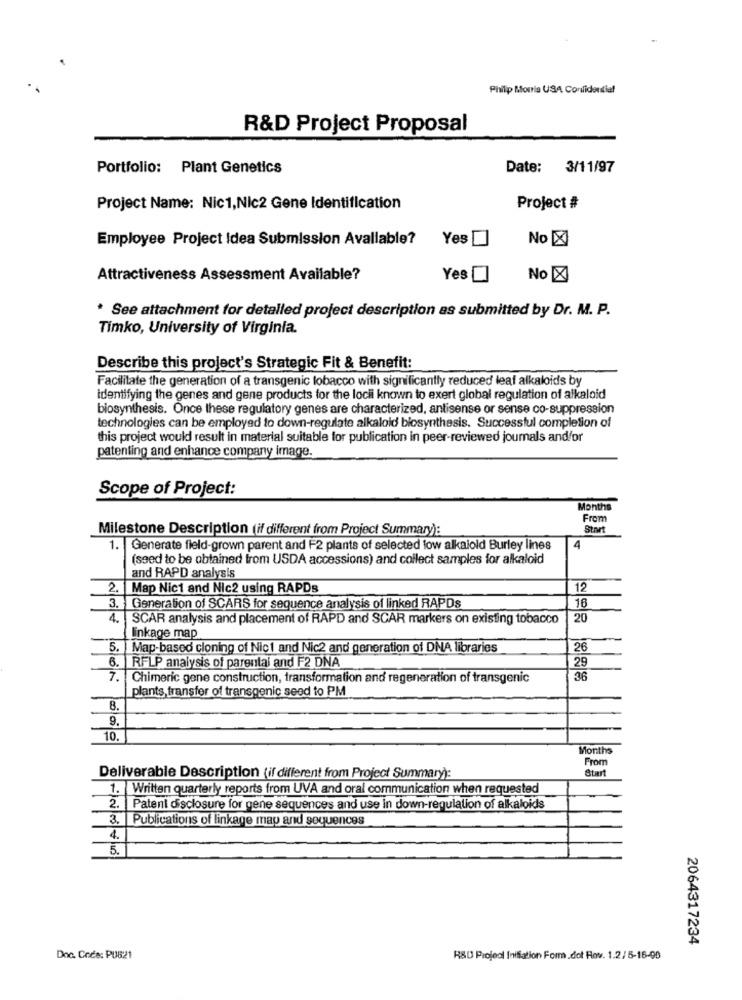
Philip Morris USA Confidential
R&D Project Proposal
Portfolio: Plant Genetics
Date: 3/11/97
Project Name: Nic1,Nic2 Gene Identification
Project #
Employee Project Idea Submission Avallable?
Yes
No X
Attractiveness Assessment Available?
Yes
No X
* See attachment for detalled project description as submitted by Dr. M. P.
Timko, University of Virginia.
Describe this project's Strategic Fit & Benefit:
Facilitate the generation of a transgenic tobacco with significantly reduced leaf alkaloids by
identifying the genes and gene products for the locii known to exert global regulation of alkaloid
biosynthesis. Once these regulatory genes are characterized, antisense or sense co-suppression
technologies can be employed to down-regulate alkaloid biosynthesis. Successful completion of
this project would result in material suitable for publication in peer-reviewed journals and/or
patenting and enhance company image.
Scope of Project:
Months
From
Milestone Description (if different from Project Summary):
Start
1. |Generate field-grown parent and F2 plants of selected low alkalold Burley lines
4
(seed to be obtained from USDA accessions) and collect samples for alkaloid
and RAPD analysis
2. Map Nici and Nic2 using RAPDs
12
3. Generation of SCARS for sequence analysis of linked RAPDs
16
4. SCAR analysis and placement of RAPD and SCAR markers on existing tobacco
20
linkage map
5. Map-based cloning of Nic1 and Nic2 and generation of DNA libraries
26
29
6. RFLP analysis of parentai and F2 DNA
7. Chimeric gene construction, transformation and regeneration of transgenic
36
plants, transfer of transgenic seed to PM
8.
9.
10.
Months
From
Start
Deliverable Description (if different from Project Summary):
1. Written quarterly reports from UVA and oral communication when requested
2. Patent disclosure for gene sequences and use in down-regulation of alkaloids
3. Publications of linkage map and sequences
4.
5.
2064317234
Doc. Code: PU821
R&D Projedi Initiation Form.dot Rov. 1.2/ 5-16-90